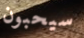
سيحبون